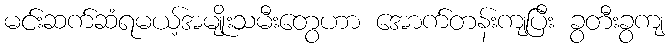
မင်းဆက်ဆံရမယ့်အမျိုးသမီးတွေဟာ အောက်တန်းကျပြီး ခွတီးခွကျ